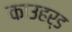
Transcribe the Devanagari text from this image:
काउहर्ड